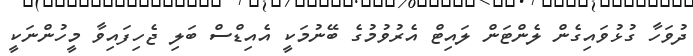
ދުވަހާ ގުޅުވައިގެން ލެންޓަން ލައިޓް އެރުވުމުގެ ބޭނުމަކީ އެއިޑްސް ބަލި ޖެހިފައިވާ މީހުންނަކީ